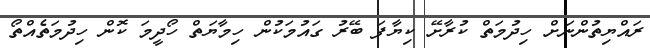
ރައްޔިތުންނަށް ހިދުމަތް ކުރާށޭ ކިޔާފަ ބޭރު ގައުމަކުން ހިމާޔަތް ހޯދީމަ ކޮން ހިދުމަތެއްތޯ